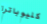
كليوباترا